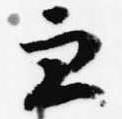
兼